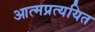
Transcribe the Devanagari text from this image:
आत्मप्रत्ययित